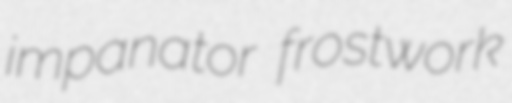
impanator frostwork